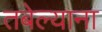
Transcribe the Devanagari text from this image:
तबेल्याना